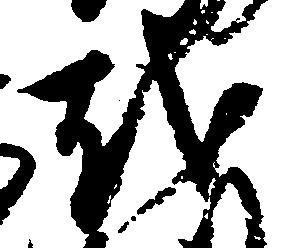
越